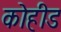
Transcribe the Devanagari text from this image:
कोहीड